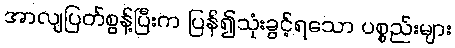
အာလျပြတ်စွန့်ပြီးက ပြန်၍သုံးခွင့်ရသော ပစ္စည်းများ